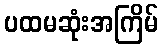
ပထမဆုံးအကြိမ်